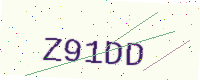
Text: Z91DD